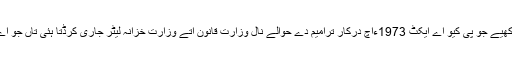
15 جنوری (اے پی پی) وفاقی وزیر بحری امور علی زیدی آکھیے جو پی کیو اے ایکٹ 1973ءاچ درکار ترامیم دے حوالے نال وزارت قانون اتے وزارت خزانہ لیٹر جاری کرڈتا ہئی تاں جو اے گزٹ اچ شامل کائنی کیتا گیا ایندی درستگی کیتے اکھیسوں۔